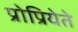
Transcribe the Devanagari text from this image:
प्रोप्रियेते